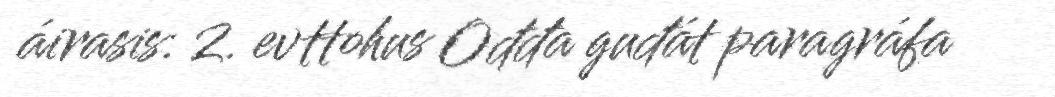
áirasis: 2. evttohus Ođđa guđát paragráfa